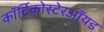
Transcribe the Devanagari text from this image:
कॉर्टिकोस्टेरऑयड